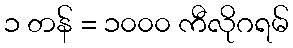
၁ တန် = ၁၀၀၀ ကီလိုဂရမ်